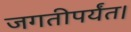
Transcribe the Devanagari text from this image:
जगतीपर्यंत।